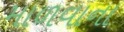
માળવાના